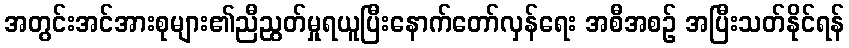
အတွင်းအင်အားစုများ၏ညီညွတ်မှုရယူပြီးနောက်တော်လှန်ရေး အစီအစဉ် အပြီးသတ်နိုင်ရန်